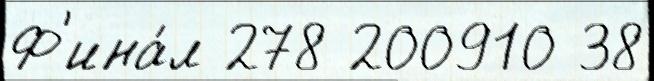
Ф'ина́л 278 200910 38